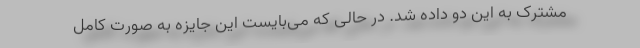
مشترک به این دو داده شد. در حالی که می‌بایست این جایزه به صورت کامل